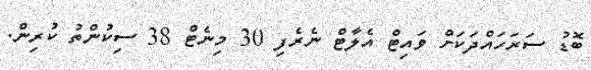
ބޮޑު ސަރަހައްދަކަށް ވައިޓް އެލާޓް ނެރެފި 30 މިނެޓް 38 ސިކުންތު ކުރިން.